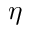
\eta